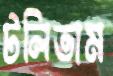
টলিতাম